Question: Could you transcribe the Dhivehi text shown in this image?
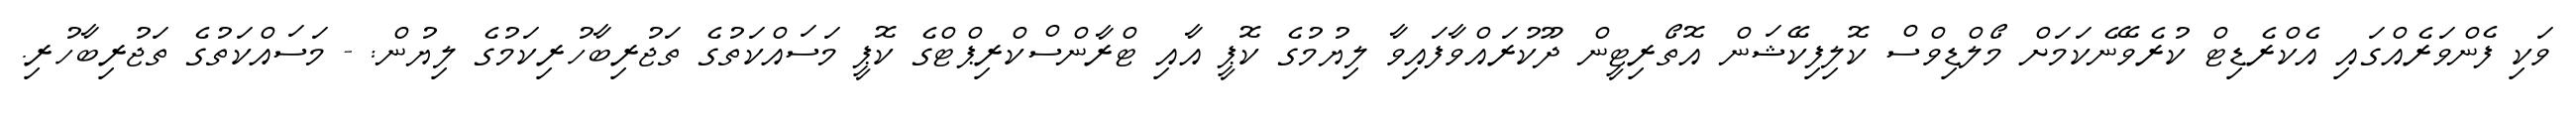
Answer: ވަކި ފެންވަރެއްގައި އެކްރެޑިޓް ކުރެވޭނެކަމަށް މޯލްޑިވްސް ކޮލިފިކޭޝަން އޮތޯރިޓީން ދޫކުރައްވާފައިވާ ލިޔުމުގެ ކޮޕީ އާއި ޓްރާންސްކްރިޕްޓްގެ ކޮޕީ މަސައްކަތުގެ ތަޖުރިބާހުރިކަމުގެ ލިޔުން: - މަސައްކަތުގެ ތަޖުރިބާހުރި.